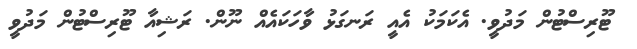
ޓޫރިސްޓުން މަދުވީ. އެކަމަކު އެއީ ރަނގަޅު ވާހަކައެއް ނޫން. ރަޝިއާ ޓޫރިސްޓުން މަދުވީ